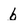
Character: b